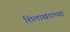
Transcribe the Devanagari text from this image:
शिलाखंडाच्या